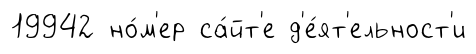
19942 но́м'ер са́йт'е д'е́ят'ельност'и